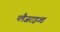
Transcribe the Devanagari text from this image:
प्लैजराइज्ड